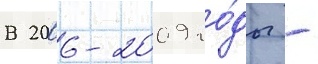
В 2006-2009 го́ды -